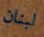
لبنان